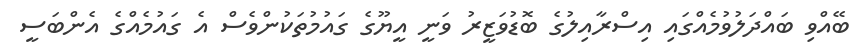
ބޭއްވި ބައްދަލުވުމެއްގައި އިސްރާއިލުގެ ބޮޑުވަޒީރު ވަނީ އީޔޫގެ ގައުމުތަކުންވެސް އެ ގައުމެއްގެ އެންބަސީ